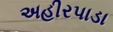
અહીરપાડા